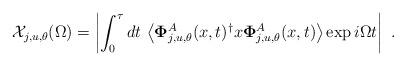
LaTeX: \begin{align*}\mathcal{X}_{j,u,\theta }(\Omega )=\left| \int_{0}^{\tau }dt\,\left\langle \mathbf{\Phi }_{j,u,\theta }^{A}(x,t)^{\dagger }x\mathbf{\Phi }_{j,u,\theta}^{A}(x,t)\right\rangle \exp i\Omega t\right| \,\,. \end{align*}